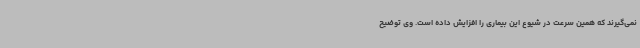
نمی‌گیرند که همین سرعت در شیوع این بیماری را افزایش داده است. وی توضیح